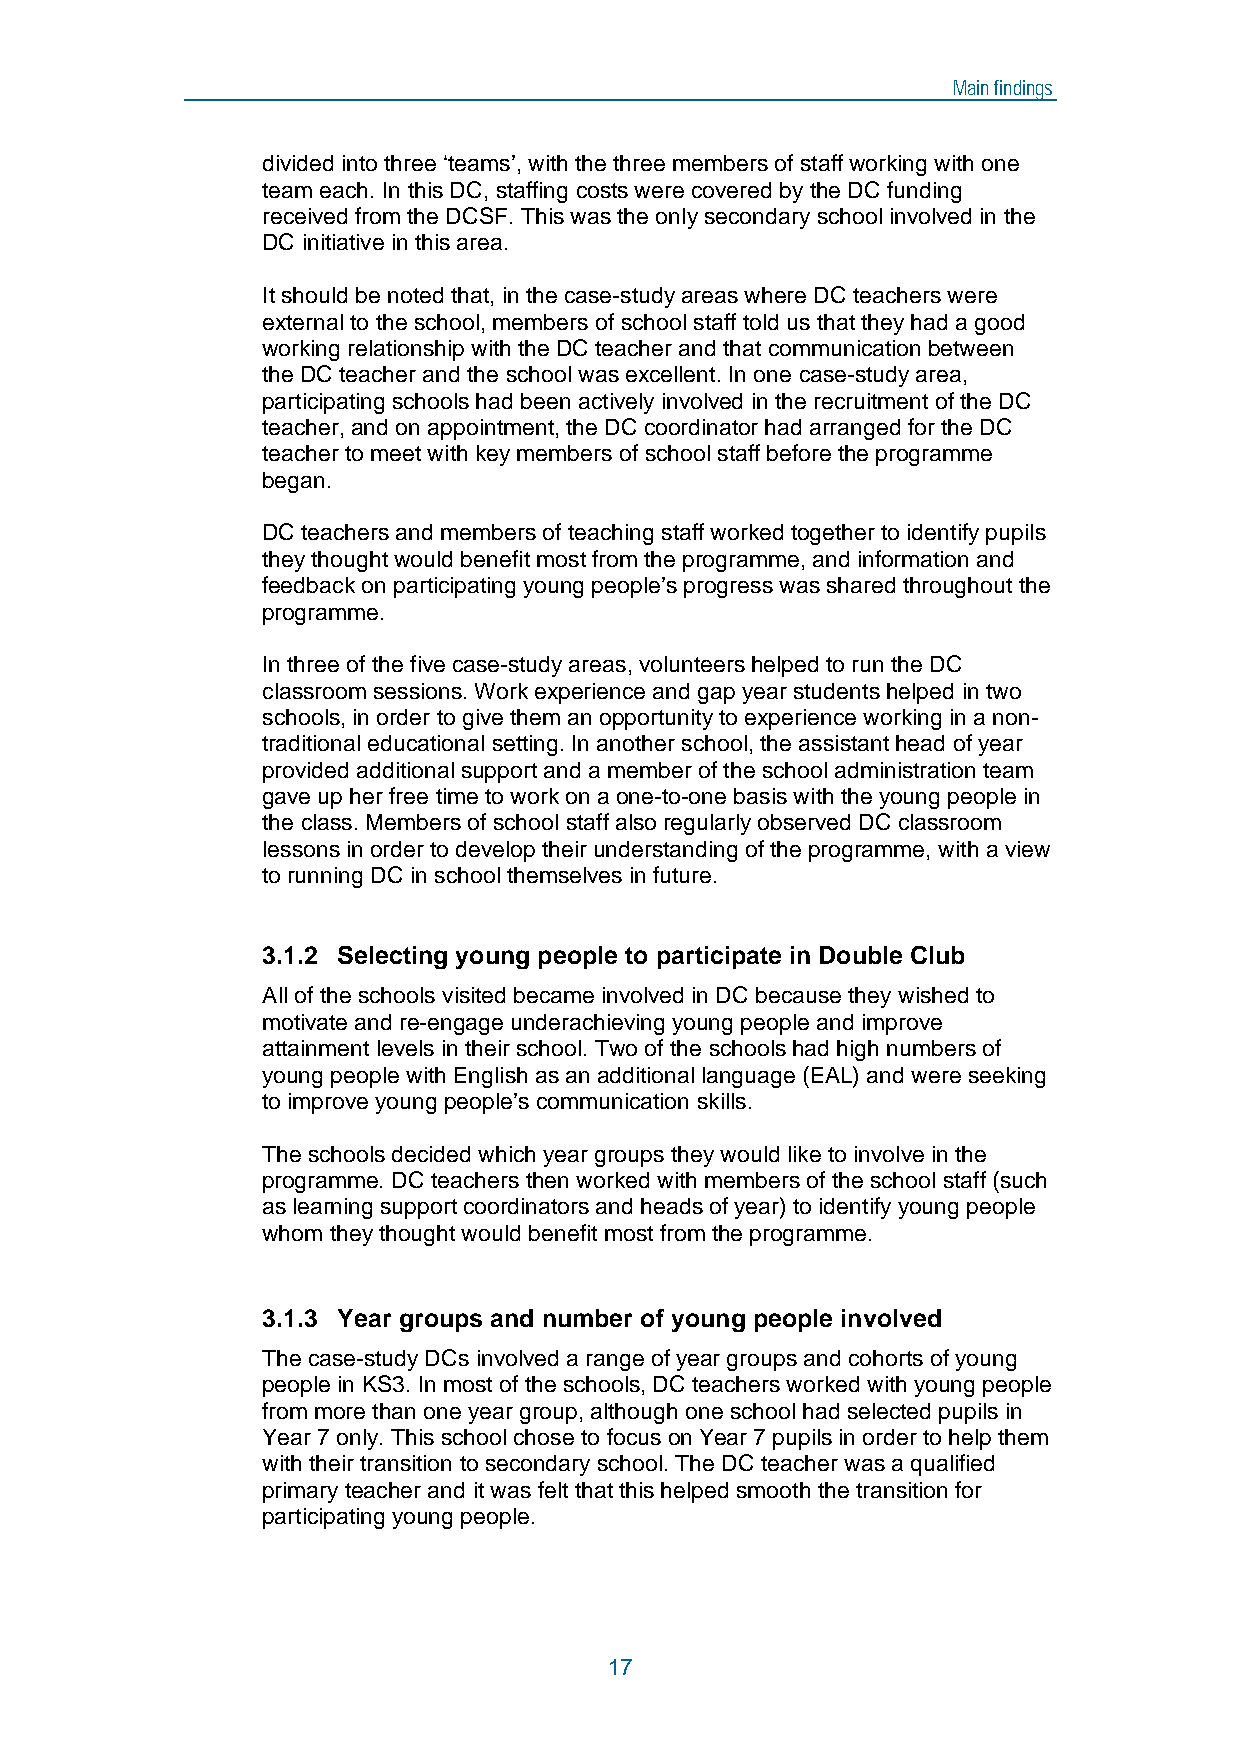
Main findings
 divided into three ‘teams’, with the three members of staff working with one
 team each. In this DC, staffing costs were covered by the DC funding
 received from the DCSF. This was the only secondary school involved in the
 DC initiative in this area.
 It should be noted that, in the case-study areas where DC teachers were
 external to the school, members of school staff told us that they had a good
 working relationship with the DC teacher and that communication between
 the DC teacher and the school was excellent. In one case-study area,
 participating schools had been actively involved in the recruitment of the DC
 teacher, and on appointment, the DC coordinator had arranged for the DC
 teacher to meet with key members of school staff before the programme
 began.
 DC teachers and members of teaching staff worked together to identify pupils
 they thought would benefit most from the programme, and information and
 feedback on participating young people’s progress was shared throughout the
 programme.
 In three of the five case-study areas, volunteers helped to run the DC
 classroom sessions. Work experience and gap year students helped in two
 schools, in order to give them an opportunity to experience working in a non-
 traditional educational setting. In another school, the assistant head of year
 provided additional support and a member of the school administration team
 gave up her free time to work on a one-to-one basis with the young people in
 the class. Members of school staff also regularly observed DC classroom
 lessons in order to develop their understanding of the programme, with a view
 to running DC in school themselves in future.
 3.1.2 Selecting young people to participate in Double Club
 All of the schools visited became involved in DC because they wished to
 motivate and re-engage underachieving young people and improve
 attainment levels in their school. Two of the schools had high numbers of
 young people with English as an additional language (EAL) and were seeking
 to improve young people’s communication skills.
 The schools decided which year groups they would like to involve in the
 programme. DC teachers then worked with members of the school staff (such
 as learning support coordinators and heads of year) to identify young people
 whom they thought would benefit most from the programme.
 3.1.3 Year groups and number of young people involved
 The case-study DCs involved a range of year groups and cohorts of young
 people in KS3. In most of the schools, DC teachers worked with young people
 from more than one year group, although one school had selected pupils in
 Year 7 only. This school chose to focus on Year 7 pupils in order to help them
 with their transition to secondary school. The DC teacher was a qualified
 primary teacher and it was felt that this helped smooth the transition for
 participating young people.
 17